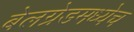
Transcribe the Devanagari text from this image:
बेलग्रेडमध्येच